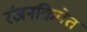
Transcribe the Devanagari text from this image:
रंजनक्रियेत